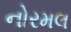
નોરમલ